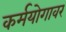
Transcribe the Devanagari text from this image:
कर्मयोगावर